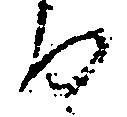
由